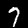
Digit: 7